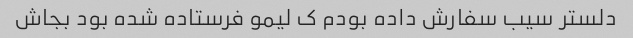
دلستر سیب سفارش داده بودم ک لیمو فرستاده شده بود بجاش